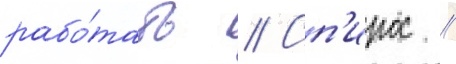
рабо́тать // Сп'ирос /